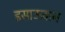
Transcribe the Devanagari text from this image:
इसाऊवान